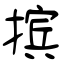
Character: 摈